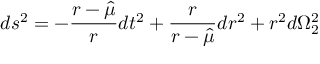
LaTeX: d s ^ { 2 } = - { \frac { r - \hat { \mu } } { r } } d t ^ { 2 } + { \frac { r } { r - \hat { \mu } } } d r ^ { 2 } + r ^ { 2 } d \Omega _ { 2 } ^ { 2 }